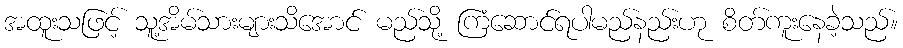
အထူးသဖြင့် သူ့အိမ်သားများသိအောင် မည်သို့ ကြံဆောင်ရပါမည်နည်းဟု စိတ်ကူးနေခဲ့သည်။